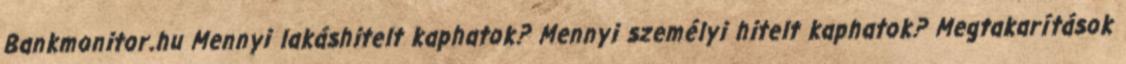
Bankmonitor.hu Mennyi lakáshitelt kaphatok? Mennyi személyi hitelt kaphatok? Megtakarítások